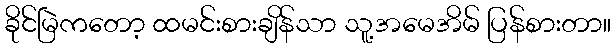
ခိုင်မြဲကတော့ ထမင်းစားချိန်သာ သူ့အမေအိမ် ပြန်စားတာ။